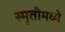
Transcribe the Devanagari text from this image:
स्मृतीमध्ये